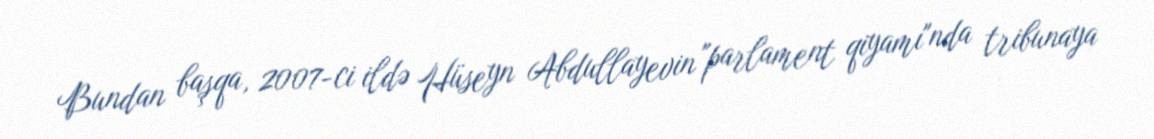
Bundan başqa, 2007-ci ildə Hüseyn Abdullayevin "parlament qiyamı"nda tribunaya